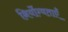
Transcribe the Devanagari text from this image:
निर्योग्यताएँ